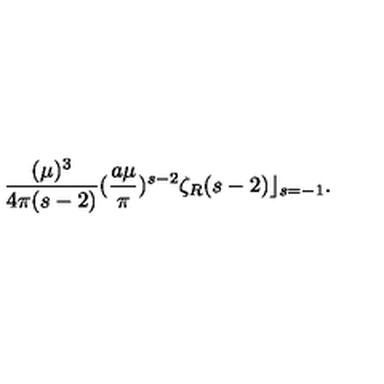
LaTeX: \frac { ( \mu ) ^ { 3 } } { 4 \pi ( s - 2 ) } ( \frac { a \mu } { \pi } ) ^ { s - 2 } { \zeta } _ { R } ( s - 2 ) \rfloor _ { s = - 1 } .